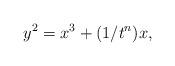
LaTeX: \begin{align*}y^2=x^3+(1/t^n)x,\end{align*}